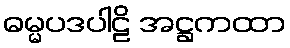
ဓမ္မပဒပါဠိ အဋ္ဌကထာ